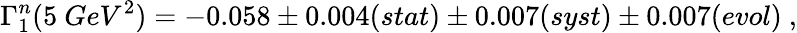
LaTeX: \Gamma_{1}^{n}(5~GeV^{2})=-0.058\pm 0.004(stat)\pm 0.007(syst)\pm 0.007(evol)~,